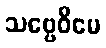
သဗ္ဗေဝိမေ